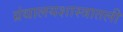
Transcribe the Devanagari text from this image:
ग्रंथालयशास्त्रातली